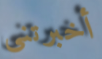
أخبرتنى